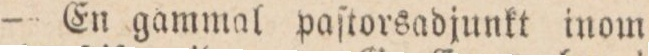
— En gammal paſtorsadjunkt inom